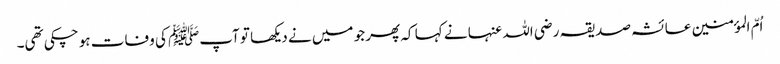
اُمّ المؤمنین عائشہ صدیقہ رضی اللہ عنہا نے کہا کہ پھر جو میں نے دیکھا تو آپﷺ کی وفات ہو چکی تھی۔